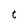
Character: t